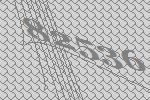
82536